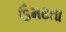
ઉમટતા